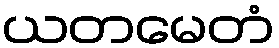
ယတမေတံ